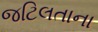
જટિલતાના